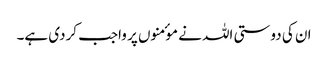
ان کی دوستی اللہ نے موٴمنوں پر واجب کردی ہے۔